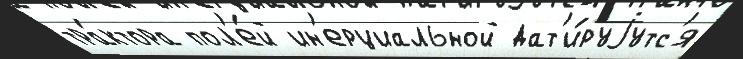
тра́ктора пол'е́й ин'ерциальной дат'и́руjутс'я